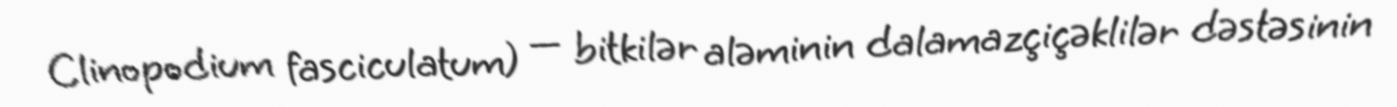
Clinopodium fasciculatum) — bitkilər aləminin dalamazçiçəklilər dəstəsinin